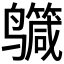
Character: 𪉕